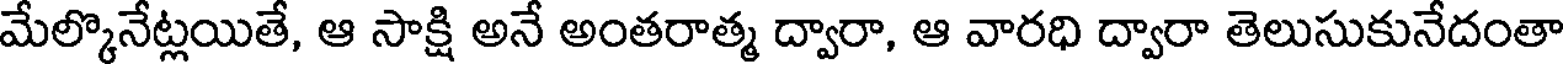
మేల్కొనేట్లయితే, ఆ సాక్షి అనే అంతరాత్మ ద్వారా, ఆ వారధి ద్వారా తెలుసుకునేదంతా